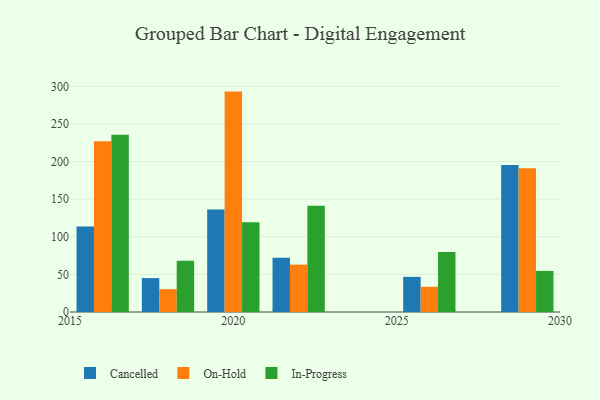
{"axis": {"x": "Year", "y": "Market Share (%)"}, "legend": ["Cancelled", "In-Progress", "On-Hold"], "data": [{"x": "2022", "y": 72.2, "type": "Cancelled"}, {"x": "2022", "y": 63.0, "type": "On-Hold"}, {"x": "2022", "y": 141.4, "type": "In-Progress"}, {"x": "2020", "y": 136.4, "type": "Cancelled"}, {"x": "2020", "y": 293.0, "type": "On-Hold"}, {"x": "2020", "y": 119.3, "type": "In-Progress"}, {"x": "2026", "y": 46.7, "type": "Cancelled"}, {"x": "2026", "y": 33.5, "type": "On-Hold"}, {"x": "2026", "y": 79.6, "type": "In-Progress"}, {"x": "2029", "y": 195.5, "type": "Cancelled"}, {"x": "2029", "y": 191.0, "type": "On-Hold"}, {"x": "2029", "y": 54.6, "type": "In-Progress"}, {"x": "2018", "y": 45.1, "type": "Cancelled"}, {"x": "2018", "y": 30.3, "type": "On-Hold"}, {"x": "2018", "y": 68.0, "type": "In-Progress"}, {"x": "2016", "y": 113.8, "type": "Cancelled"}, {"x": "2016", "y": 227.0, "type": "On-Hold"}, {"x": "2016", "y": 235.7, "type": "In-Progress"}]}